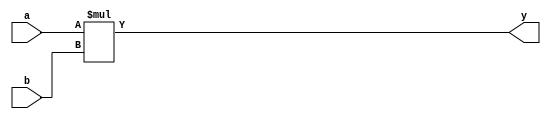
module multiply_5 (y, a, b);
	input [8:0] a, b;
	output [8:0] y;
	wire [8:0] y;
	reg [17:0] tempy;
	assign y = tempy[8:0];
	always @(a or b)
	begin
		tempy = a * b;
	end
endmodule